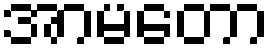
အာမတော